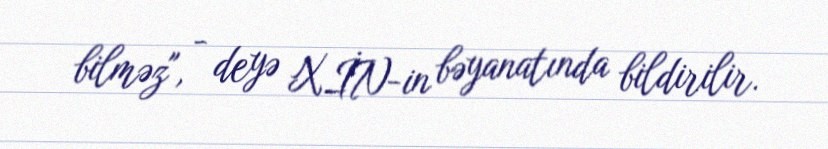
bilməz", - deyə XİN-in bəyanatında bildirilir.